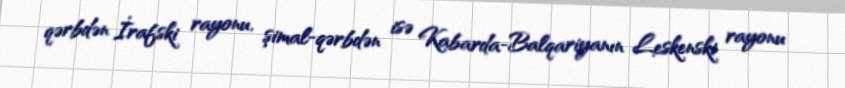
qərbdən İrafski rayonu, şimal-qərbdən isə Kabarda-Balqariyanın Leskenski rayonu